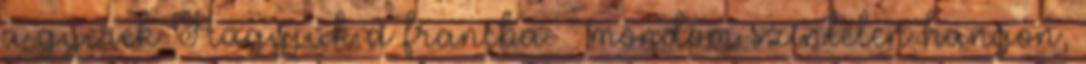
a gyerek Hagyjuk a francba. – mondom színtelen hangon,